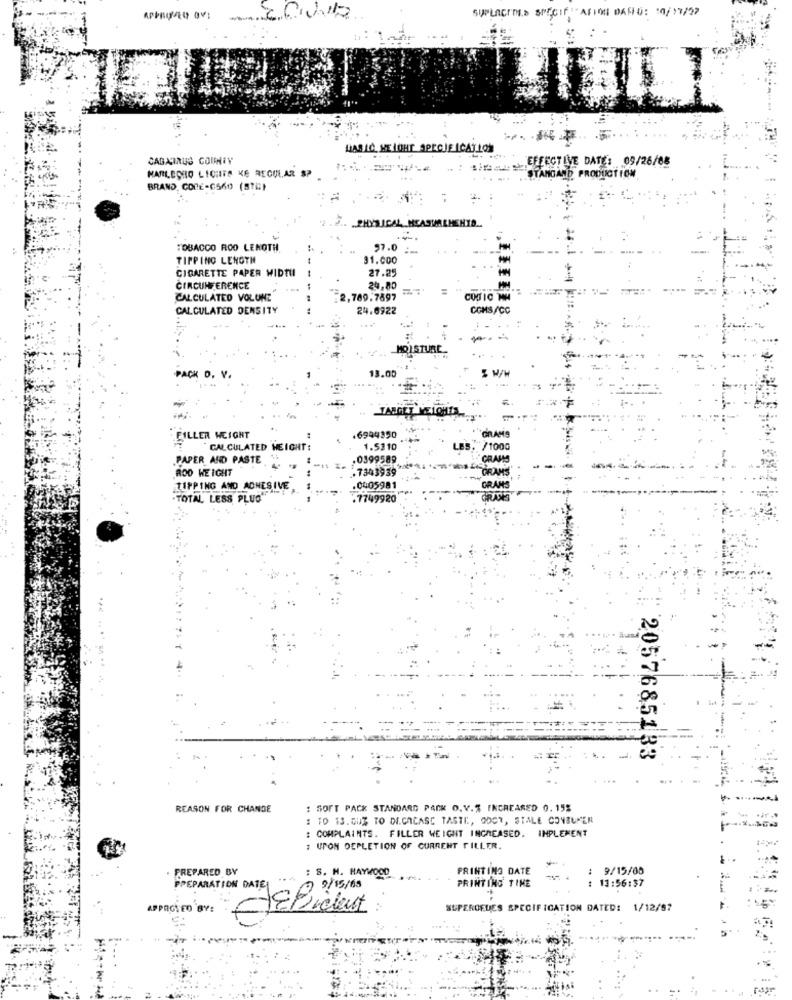
SUPLACEm.> SPECIFICATION DASID: 10/17/22
:.
CABARRUS COUNTY
EFFECTIVE DATE: 09/26/88
MARLECHO LICHITS KE REGULAR SP
STANGAND PRODUCTION
BRAND. CODE-6560 (STE)
2.
TOBACCO ROO LENOTH
57.0 :-
TIPPING LENGTH
31.000
27.25
CIGARETTE PAPER WIDTH
CIRCUMFERENCE
20,80
CALCULATED VOLUNE
2,789.7897
CALCULATED DENSITY
24.6922
COMS/CC
MOISTURE
13.00
ACK D.
GRAMS
FILLER WEIGHT
.6944350
CALCULATED HEIGHT:
1.5310
/1000
PAPER AND PASTE
0399589
GRANS
ROD WEIGHT
.. 7343939
GRAMS
TIPPING AND ADHESIVE
.0405981
GRAMS
.TOTAL LESS PLUS
.7749920
GRANS
2057685133
REASON FOR CHANGE
: SOFT PACK STANDARD PACK O.V.% INCREASED 0.15%
: 10 13.00% TO DICACASE TASTE, ODCT, STALE CONSUMER
: COMPLAINTS. FILLER WEIGHT INCREASED. IMPLEMENT
# UPON DEPLETION OF CURRENT FILLER.
PREPARED BY
Sp/Ssig €
PRINTING DATE
9/15/00
: S. N. HAYMOOD
-
: 13:56:37
PREPARATION DATE
PRINTING TIME
APPROVED BY:
SUPEROFDES SPECIFICATION DATED: 1/12/57